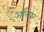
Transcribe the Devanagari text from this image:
ऑल्फ